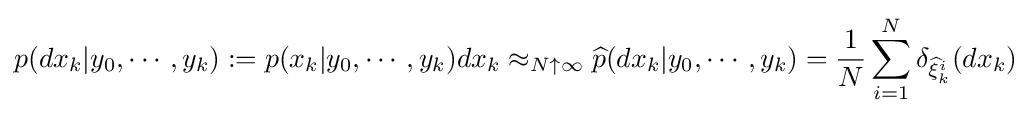
p(dx_{k}|y_{0},\cdots ,y_{k}):=p(x_{k}|y_{0},\cdots ,y_{k})dx_{k}\approx _{N\uparrow \infty }{\widehat {p}}(dx_{k}|y_{0},\cdots ,y_{k})={\frac {1}{N}}\sum _{i=1}^{N}\delta _{{\widehat {\xi }}_{k}^{i}}(dx_{k})